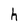
Character: h